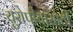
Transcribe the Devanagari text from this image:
युरोपीयांसाठी